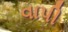
વાપી